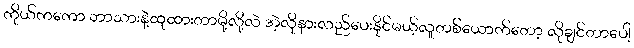
ကိုယ်ကကော ဘာသားနဲ့ထုထားတာမို့လို့လဲ အဲ့လိုနားလည်ပေးနိုင်မယ့်လူတစ်ယောက်တော့ လိုချင်တာပေါ့